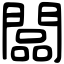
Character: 闆